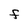
Character: F